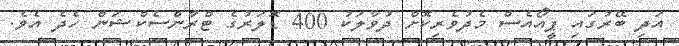
އަދި ބޭރުގައި ޕީއޯއެސް މެދުވެރިކޮށް ދުވާލަކު 400 ޑޮލަރުގެ ޓްރާންސެކްޝަން ހެދެ އެވެ.